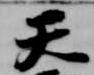
天